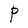
Character: P